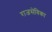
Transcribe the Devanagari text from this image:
राजसेविका